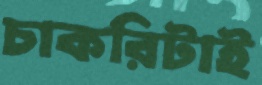
চাকরিটাই